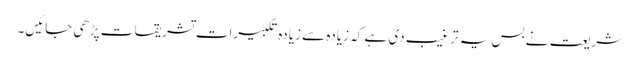
شریعت نے بس یہ ترغیب دی ہے کہ زیادہ سے زیادہ تکبیرات تشریقات پڑھی جائیں۔